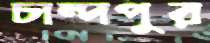
চান্দপুর